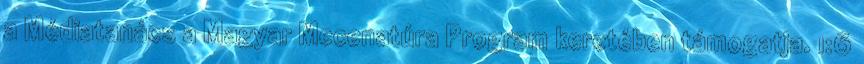
a Médiatanács a Magyar Mecenatúra Program keretében támogatja. 1:6